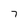
Character: 7